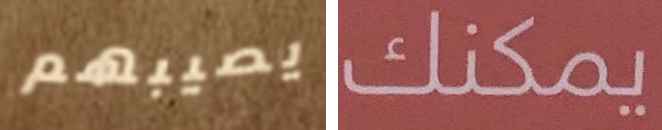
يصيبهم يمكنك